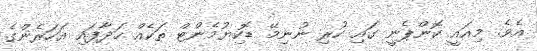
އެވެ. މިއައީ ކޮންޕެނީ ގައި ހުރި ނުނިމޭ ޑޮކިޔުމެންޓް ތަކެއް ހަދާފައި އަހަރެންގެ